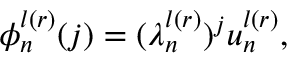
\begin{array} { r } { \phi _ { n } ^ { l ( r ) } ( j ) = ( \lambda _ { n } ^ { l ( r ) } ) ^ { j } u _ { n } ^ { l ( r ) } , } \end{array}